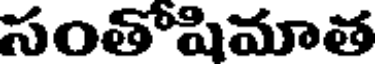
సంతోషిమాత